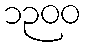
၁၃၀၀